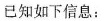
已知如下信息：